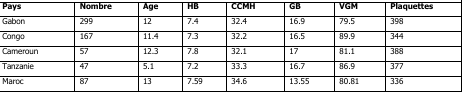
<table><thead><tr><td><b>Pays</b></td><td><b>Nombre</b></td><td><b>Age</b></td><td><b>HB</b></td><td><b>CCMH</b></td><td><b>GB</b></td><td><b>VGM</b></td><td><b>Plaquettes</b></td></tr></thead><tbody><tr><td>Gabon</td><td>299</td><td>12</td><td>7.4</td><td>32.4</td><td>16.9</td><td>79.5</td><td>398</td></tr><tr><td>Congo</td><td>167</td><td>11.4</td><td>7.3</td><td>32.2</td><td>16.5</td><td>89.9</td><td>344</td></tr><tr><td>Cameroun</td><td>57</td><td>12.3</td><td>7.8</td><td>32.1</td><td>17</td><td>81.1</td><td>388</td></tr><tr><td>Tanzanie</td><td>47</td><td>5.1</td><td>7.2</td><td>33.3</td><td>16.7</td><td>86.9</td><td>377</td></tr><tr><td>Maroc</td><td>87</td><td>13</td><td>7.59</td><td>34.6</td><td>13.55</td><td>80.81</td><td>336</td></tr></tbody></table>